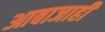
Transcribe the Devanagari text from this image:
आबाजाही